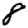
Digit: 8